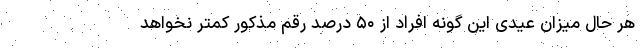
هر حال میزان عیدی این گونه افراد از ۵۰ درصد رقم مذکور کمتر نخواهد